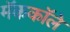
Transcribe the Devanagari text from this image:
मॅककॉले